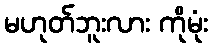
မဟုတ်ဘူးလား ကိုမုံး